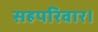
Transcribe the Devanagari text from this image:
सहपरिवार।